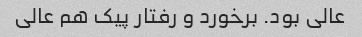
عالی بود. برخورد و رفتار پیک هم عالی